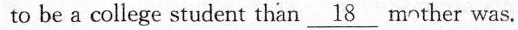
to be a college student than\underline{18}mother was.